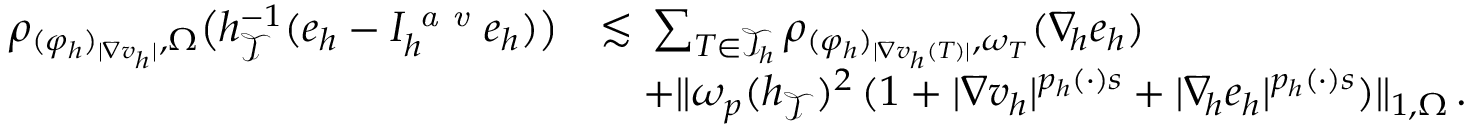
\begin{array} { r } { \begin{array} { r l } { \rho _ { ( \varphi _ { h } ) _ { \vert \nabla v _ { h } \vert } , \Omega } \big ( h _ { \mathcal { T } } ^ { - 1 } ( e _ { h } - I _ { h } ^ { \textit { a v } } e _ { h } ) \big ) } & { \lesssim \, \sum _ { T \in \mathcal { T } _ { h } } { \rho _ { ( \varphi _ { h } ) _ { \vert \nabla v _ { h } ( T ) \vert } , \omega _ { T } } ( \nabla _ { \! h } e _ { h } ) } } \\ & { \quad + \| \omega _ { p } ( h _ { \mathcal { T } } ) ^ { 2 } \, ( 1 + \vert \nabla v _ { h } \vert ^ { p _ { h } ( \cdot ) s } + \vert \nabla _ { \! h } e _ { h } \vert ^ { p _ { h } ( \cdot ) s } ) \| _ { 1 , \Omega } \, . } \end{array} } \end{array}